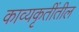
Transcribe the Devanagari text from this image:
काव्यकृतींतील